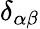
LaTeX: \delta_{\alpha\beta}